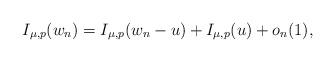
LaTeX: \begin{align*}I_{\mu, p}(w_n)= I_{\mu, p}(w_n-u) + I_{\mu, p}(u) + o_n(1),\end{align*}